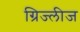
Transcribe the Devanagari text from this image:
ग्रिज्लीज